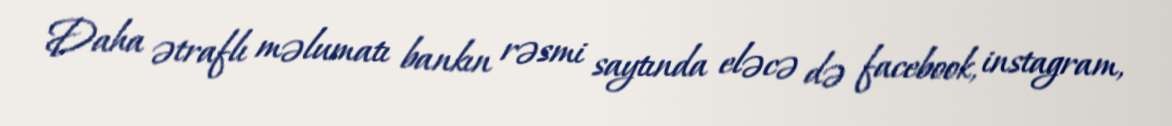
Daha ətraflı məlumatı bankın rəsmi saytında eləcə də facebook, instagram,